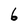
Character: 6